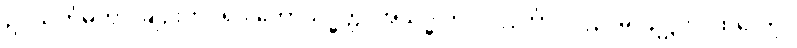
ဥပသင်္ကမိတွာ၊ ချဉ်းကပ်၍။ ဘောသိဒ္ဓတ္ထ၊ အိုသိဒ္ဓါတ်။ ပလ္လင်္ကာ၊ ပလ္လင်မှ။ ဥဋ္ဌဟ၊ ထလော့။